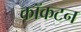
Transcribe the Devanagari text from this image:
कॉकटन